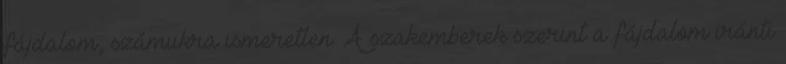
fájdalom, számukra ismeretlen. A szakemberek szerint a fájdalom iránti